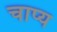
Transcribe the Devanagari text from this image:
चाप्य